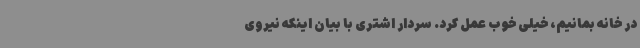
در خانه بمانیم، خیلی خوب عمل کرد. سردار اشتری با بیان اینکه نیروی